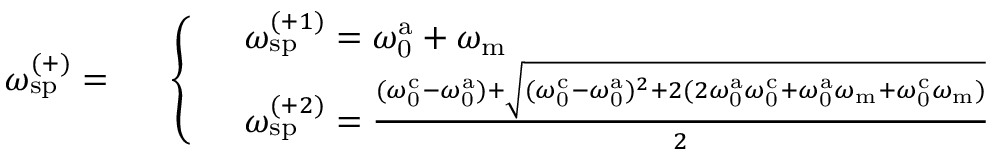
\omega _ { \mathrm { s p } } ^ { ( + ) } = \begin{array} { r l } & { \left\{ \begin{array} { l l } & { \omega _ { \mathrm { s p } } ^ { ( + 1 ) } = \omega _ { \mathrm { 0 } } ^ { \mathrm { a } } + \omega _ { \mathrm { m } } } \\ & { \omega _ { \mathrm { s p } } ^ { ( + 2 ) } = \frac { ( \omega _ { \mathrm { 0 } } ^ { \mathrm { c } } - \omega _ { \mathrm { 0 } } ^ { \mathrm { a } } ) + \sqrt { ( \omega _ { \mathrm { 0 } } ^ { \mathrm { c } } - \omega _ { \mathrm { 0 } } ^ { \mathrm { a } } ) ^ { 2 } + 2 ( 2 \omega _ { \mathrm { 0 } } ^ { \mathrm { a } } \omega _ { \mathrm { 0 } } ^ { \mathrm { c } } + \omega _ { \mathrm { 0 } } ^ { \mathrm { a } } \omega _ { \mathrm { m } } + \omega _ { \mathrm { 0 } } ^ { \mathrm { c } } \omega _ { \mathrm { m } } ) } } { 2 } } \end{array} \right. } \end{array}